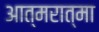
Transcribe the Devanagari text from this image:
आत्मरात्मा